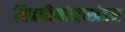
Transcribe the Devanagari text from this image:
चित्रमीमांसाखंडन